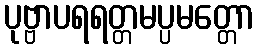
ပုဗ္ဗာပရရတ္တမပ္ပမတ္တော